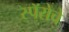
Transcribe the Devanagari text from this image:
स्पॅरोचे